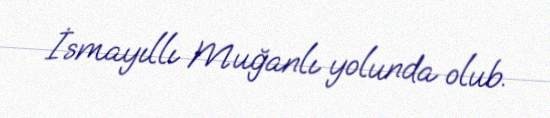
İsmayıllı Muğanlı yolunda olub.